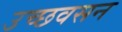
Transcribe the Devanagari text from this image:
उच्छवसन